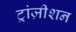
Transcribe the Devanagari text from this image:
ट्रांज़ीशन